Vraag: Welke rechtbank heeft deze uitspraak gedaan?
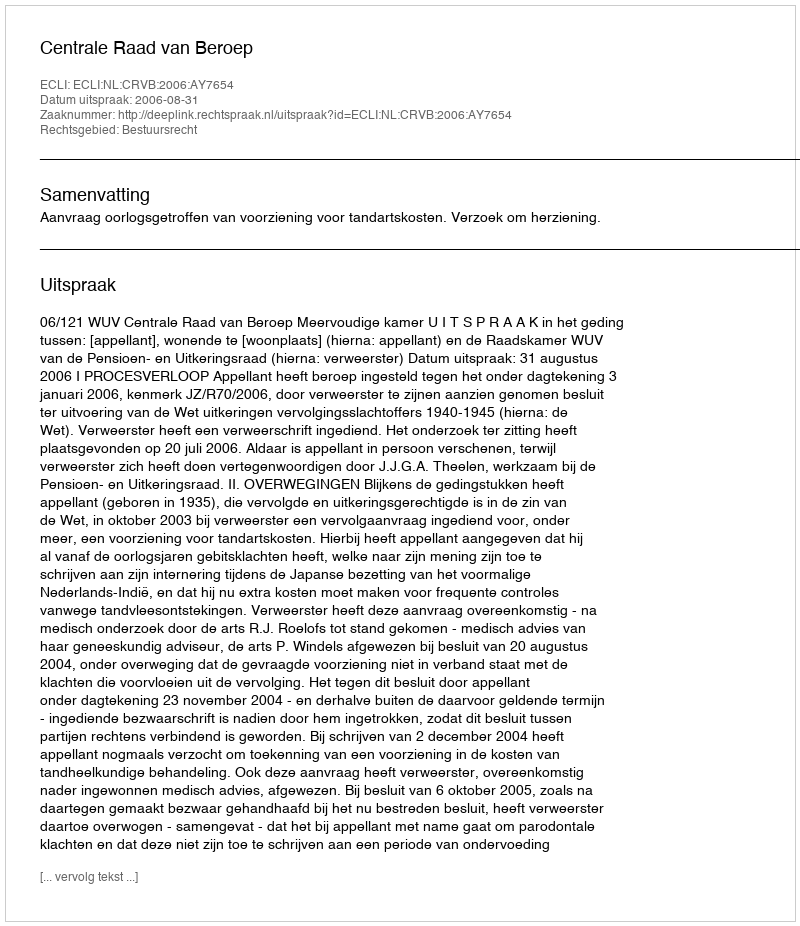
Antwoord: Centrale Raad van Beroep